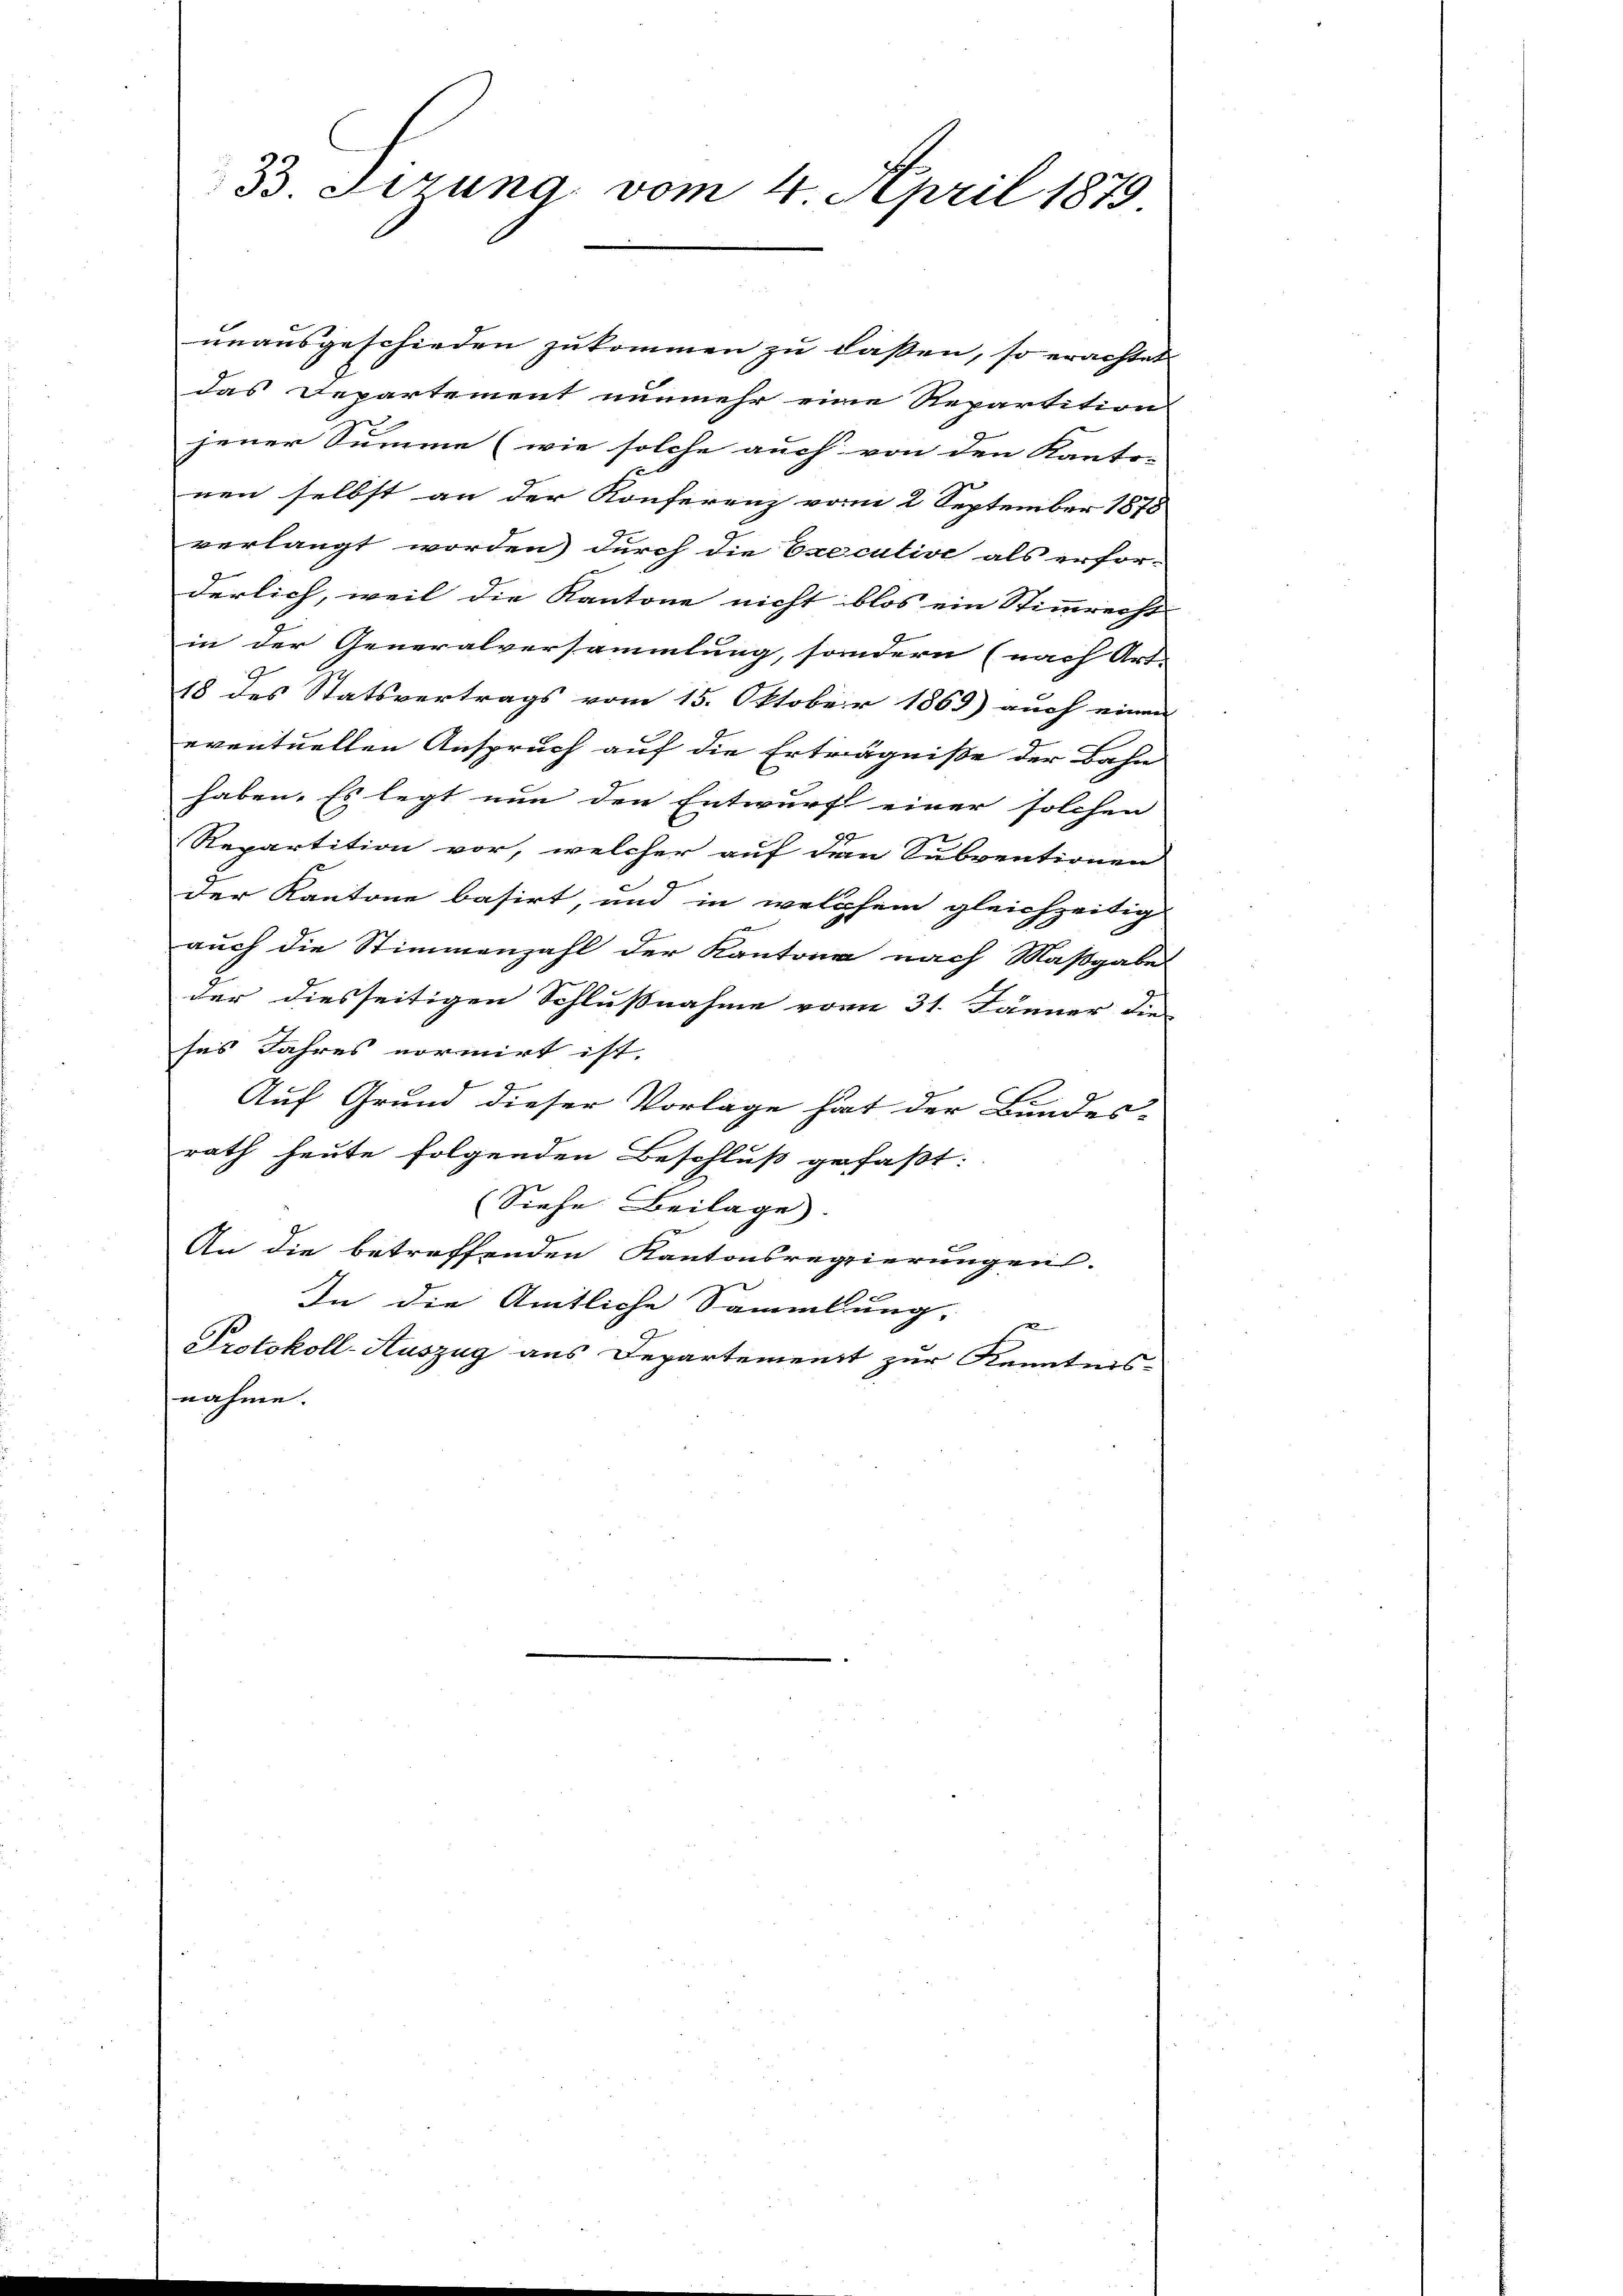
33. Ferung vom 4. April 1879

unausgeschieden zukommen zu laßen, so erachtet
das Departement nunmehr eine Repartition
jener Summe (wie solche auch von den Kanto-
nen selbst an der Konferenz vom 2 September 1878
verlangt worden durch die Executive als erfor-
derlich, weil die Kantone nicht blos ein Stimmrecht
in der Generalversammlung, sondern (nach Art.
18 des Statsvertrags vom 15. Oktober 1869) auch einen
eventuellen Anspruch auf die Erträgniße der Bahn
haben. Es legt nun den Entwurf einer solchen
98
Repartition vor, welcher auf dem Subventionen
der Kantone basirt, und in welchem gleichzeitig
auch die Stimmenzahl der Kantone nach Maßgabe
der diesseitigen Schlußnahme vom 31. Jänner die
ses Jahres normirt ist.
4
Auf Grund dieser Vorlage hat der Bundes-
rath heute folgenden Beschluß gefaßt:
(Siehe Beilage.
An die betreffenden Kantonsregierungen.
In die Amtliche Sammlung,
Protokoll-Auszug aus Departement zur Kenntnis-
nahme.